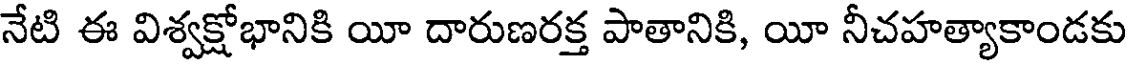
నేటి ఈ విశ్వక్షోభానికి యీ దారుణరక్త పాతానికి, యీ నీచహత్యాకాండకు